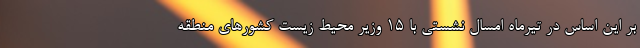
بر این اساس در تیرماه امسال نشستی با ۱۵ وزیر محیط زیست کشورهای منطقه